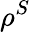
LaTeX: \rho^{S}